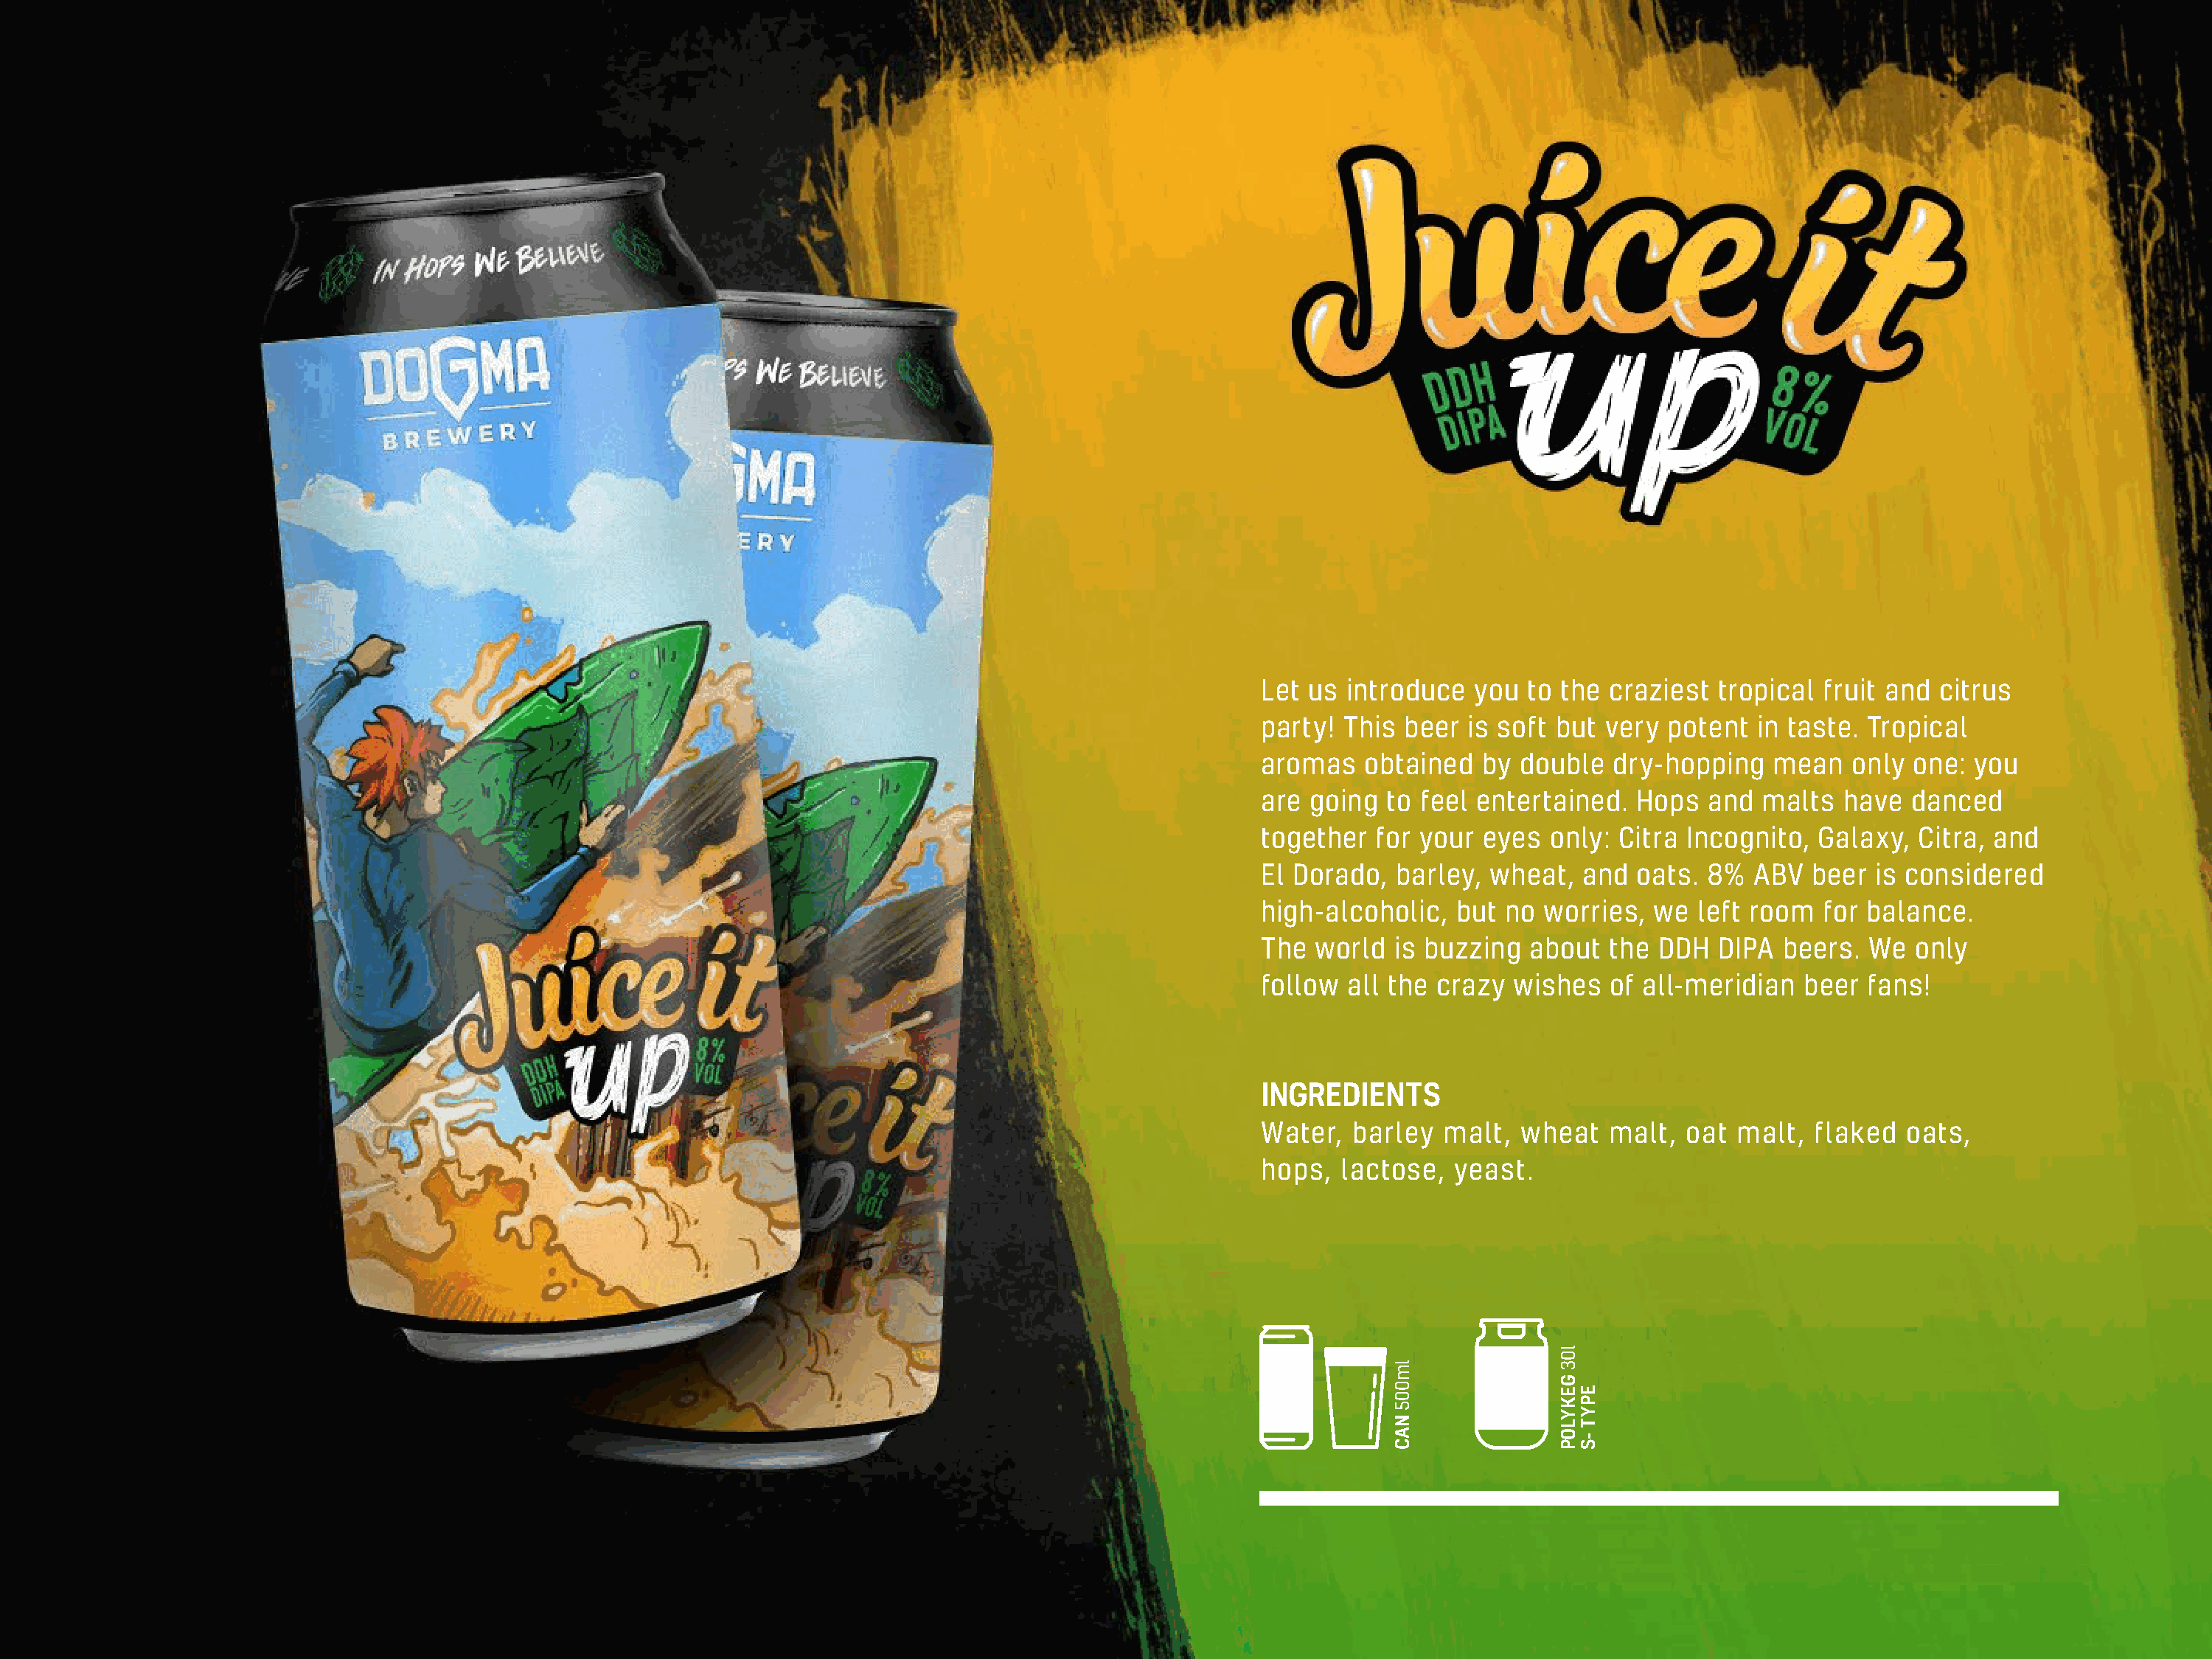
Let us  introduce  you  to the craziest  tropical  fruit and citrus
 party!  This beer  is soft but very  potent  in taste. Tropical
 aromas    obtained  by double   dry-hopping   mean   only  one: you
 are  going  to feel entertained.  Hops  and  malts   have  danced
 together   for your eyes  only: Citra Incognito,  Galaxy,  Citra, and
 El Dorado,  barley,  wheat,  and  oats. 8%  ABV   beer is considered
 high-alcoholic,   but no  worries, we  left room   for balance.
 The  world  is buzzing  about   the DDH  DIPA  beers.  We  only
 follow  all the crazy  wishes   of all-meridian  beer  fans!
 INGREDIENTS
 Water,  barley   malt,  wheat  malt,  oat  malt,  flaked  oats,
 hops,  lactose,   yeast.
 lm005
 NAC
 l03
 GEKYLOP
 EPYT
 -S